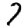
Digit: 7